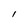
Character: 1